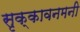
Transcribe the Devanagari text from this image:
सृक्कावनमनी